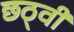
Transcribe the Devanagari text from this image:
छठ्वी